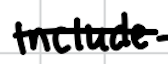
Text: include
Cross-out: single-line
Writing tool: digital_black